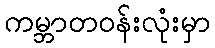
ကမ္ဘာတဝန်းလုံးမှာ